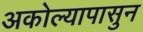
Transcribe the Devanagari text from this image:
अकोल्यापासुन